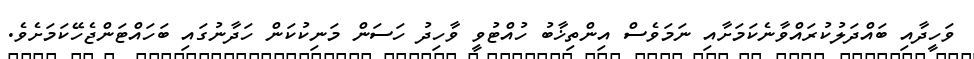
ވަހީދާއި ބައްދަލުކުރައްވާނެކަމަށާއި ނަމަވެސް އިންތިޚާބު ހުއްޓުވީ ވާހިދު ހަސަން މަނިކުކަން ހަދާނުގައި ބަހައްޓަންޖެހޭކަމަށެވެ.